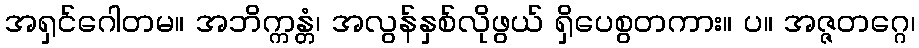
အရှင်ဂေါတမ။ အဘိက္ကန္တံ၊ အလွန်နှစ်လိုဖွယ် ရှိပေစွတကား။ ပ။ အဇ္ဇတဂ္ဂေ၊